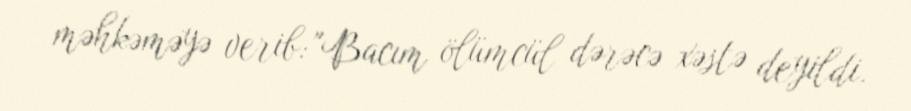
məhkəməyə verib: "Bacım ölümcül dərəcə xəstə deyildi.